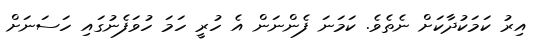
އިރު ކަމަކުދާކަށް ނެތެވެ. ކަމަނަ ފެންނަން އެ ހުރީ ހަމަ ހުވަފެނުގައި ހަސަނަށް